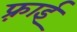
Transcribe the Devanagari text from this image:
फ़्राई